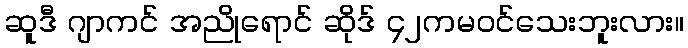
ဆူဒီ ဂျာကင် အညိုရောင် ဆိုဒ် ၄၂ကမဝင်သေးဘူးလား။